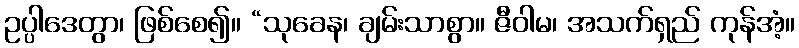
ဥပ္ပါဒေတွာ၊ ဖြစ်စေ၍။ “သုခေန၊ ချမ်းသာစွာ။ ဇီဝါမ၊ အသက်ရှည် ကုန်အံ့။